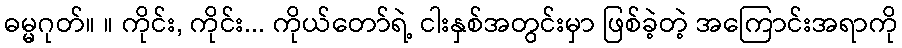
ဓမ္မဂုတ်။ ။ ကိုင်း, ကိုင်း... ကိုယ်တော်ရဲ့ ငါးနှစ်အတွင်းမှာ ဖြစ်ခဲ့တဲ့ အကြောင်းအရာကို